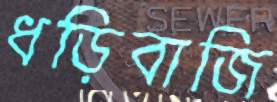
ধড়িবাজি